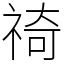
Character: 䄎